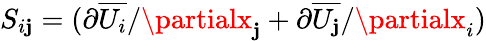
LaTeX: S_{i\mathbf{j}}=({\partial\overline{{{U_{i}}}}/\partialx_{\mathbf{j}}}+{\partial\overline{{{U_{\mathbf{j}}}}}/\partialx_{i}})